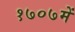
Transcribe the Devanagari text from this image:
१७०७में